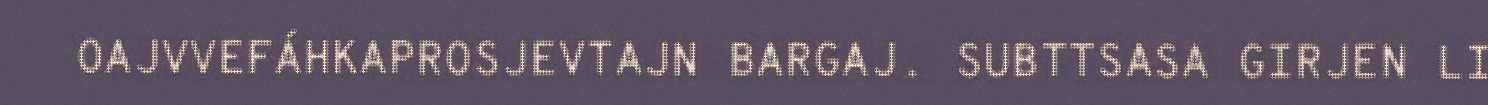
OAJVVEFÁHKAPROSJEVTAJN BARGAJ. SUBTTSASA GIRJEN LI